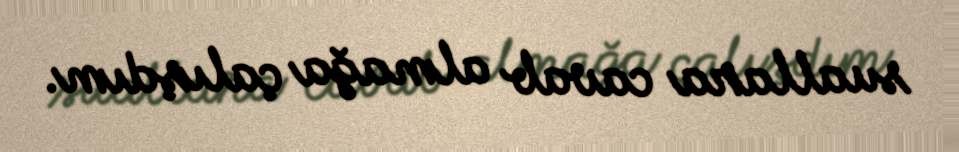
suallara cavab almağa çalışdım.